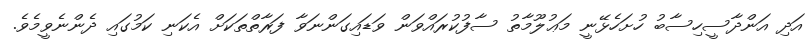
އަދި އަންދާސީހިސާބު ހުށަހެޅޭނީ މަޢުލޫމާތު ސާފުކުރައްވަން ވަޑައިގަންނަވާ ފަރާތްތަކަށް އެކަނި ކަމުގައި ދެންނެވީމެވެ.